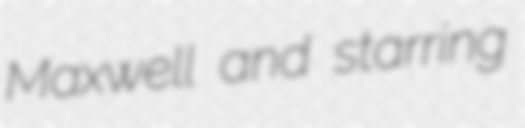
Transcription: Maxwell and starring